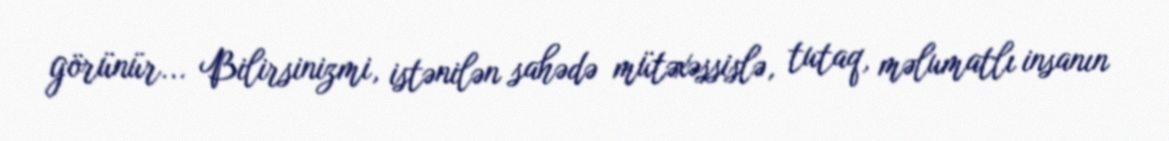
görünür... Bilirsinizmi, istənilən sahədə mütəxəssislə, tutaq, məlumatlı insanın